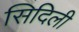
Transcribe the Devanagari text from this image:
सिदिली